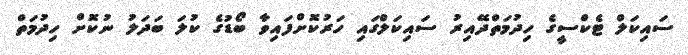
ސައިކަލް ޓެކްސީގެ ހިދުމަތްދޭއިރު ސައިކަލްގައި ހަރުކޮށްފައިވާ ބޯޑުގެ ކުލަ ބަދަލު ނުކޮށް ހިދުމަތް